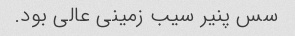
سس پنیر سیب زمینی عالی بود.